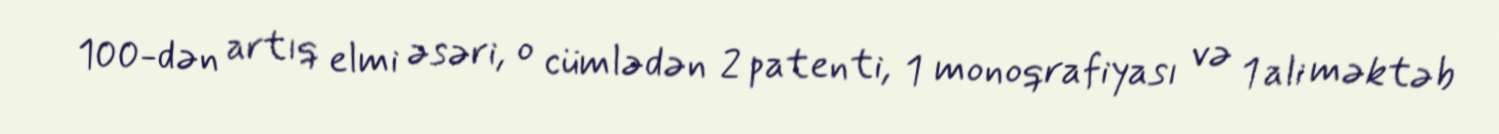
100-dən artıq elmi əsəri, o cümlədən 2 patenti, 1 monoqrafiyası və 1 ali məktəb